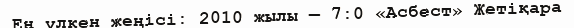
Ең үлкен жеңісі: 2010 жылы — 7:0 «Асбест» Жетіқара